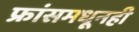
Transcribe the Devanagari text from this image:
फ्रांसमधूनही